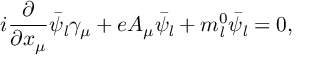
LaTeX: i { \frac { \partial } { \partial x _ { \mu } } } \bar { \psi _ { \it l } } \gamma _ { \mu } + e A _ { \mu } \bar { \psi _ { \it l } } + m _ { \it l } ^ { 0 } \bar { \psi _ { \it l } } = 0 ,